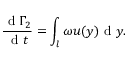
\frac { \mathrm { ~ d ~ } \Gamma _ { 2 } } { \mathrm { ~ d ~ } t } = \int _ { l } \omega u ( y ) \mathrm { ~ d ~ } y .